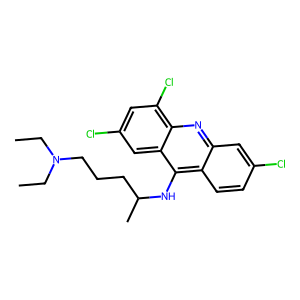
SMILES: CCN(CC)CCCC(C)Nc1c2ccc(Cl)cc2nc2c(Cl)cc(Cl)cc12
Inhibits HIV replication: No